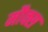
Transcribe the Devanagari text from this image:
मौक्स